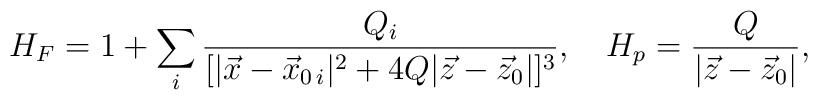
H_F=1+\sum_i{{Q_i}\over{[|\vec{x}-\vec{x}_{0\,i}|^2+4Q|\vec{z}-\vec{z}_{0}|]^3}},\ \ \ H_p={Q\over {|\vec{z}-\vec{z}_{0}|}},